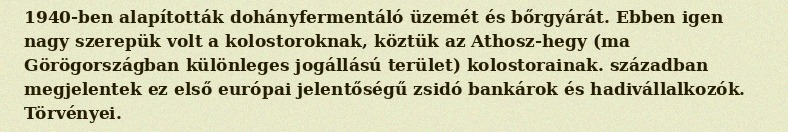
1940-ben alapították dohányfermentáló üzemét és bőrgyárát. Ebben igen nagy szerepük volt a kolostoroknak, köztük az Athosz-hegy (ma Görögországban különleges jogállású terület) kolostorainak. században megjelentek ez első európai jelentőségű zsidó bankárok és hadivállalkozók. Törvényei.